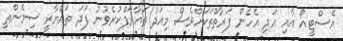
އެސްޓީއޯ އާއި އަދި އެހެން ފަރާތްތަކަށްވެސް މިއަދު ތައާރަފްކުރެވުނު ފަދަ ތައްޔާރީ ސިމެންތި